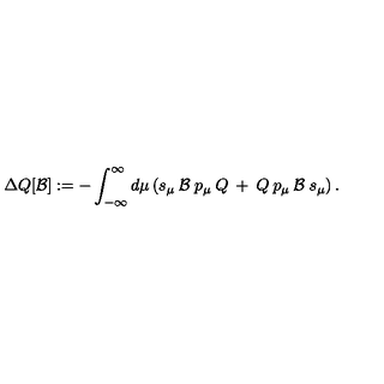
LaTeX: \Delta Q [ { \mathcal { B } } ] : = - \int _ { - \infty } ^ { \infty } d \mu \left( s _ { \mu } \: { \mathcal { B } } \: p _ { \mu } \: Q \: + \: Q \: p _ { \mu } \: { \mathcal { B } } \: s _ { \mu } \right) .